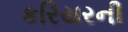
કરિયરની